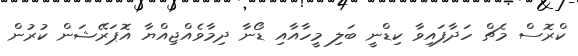
ކްރޮސް މެޗް ހަދާފައިވާ ކިޑްނީ ބަލި މީހާއާއި ޑޯނާ ދިމާވެއްޖިއްޔާ އޮޕަރޭޝަން ކުރުން